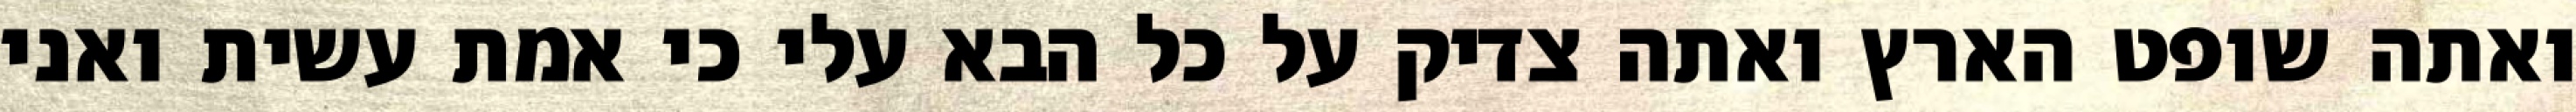
ואתה שופט הארץ ואתה צדיק על כל הבא עלי כי אמת עשית ואני